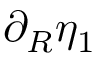
\partial _ { R } \eta _ { 1 }